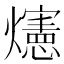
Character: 𪺅